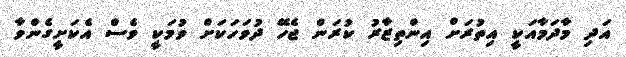
އަދި މާދަމާއަކީ އިތުރަށް އިންތިޒާރު ކުރަން ޖެހޭ ދުވަހަކަށް ވުމަކީ ވެސް އެކަށީގެންވާ